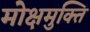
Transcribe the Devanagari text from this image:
मोक्षमुक्ति